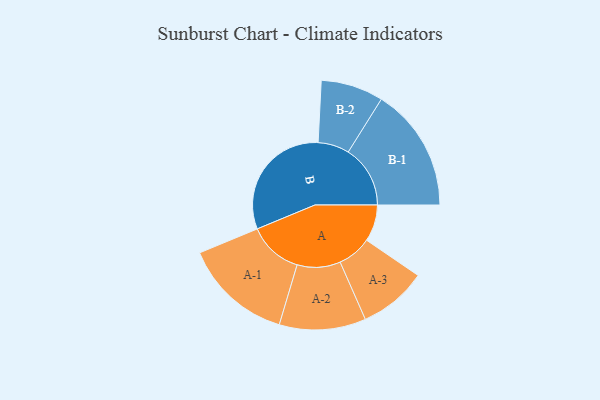
{"axis": {"x": "Segment", "y": "Value"}, "legend": ["", "A", "B"], "data": [{"x": "A", "y": 141, "type": ""}, {"x": "B", "y": 474, "type": ""}, {"x": "A-1", "y": 209, "type": "A"}, {"x": "A-2", "y": 166, "type": "A"}, {"x": "A-3", "y": 131, "type": "A"}, {"x": "B-1", "y": 238, "type": "B"}, {"x": "B-2", "y": 120, "type": "B"}]}